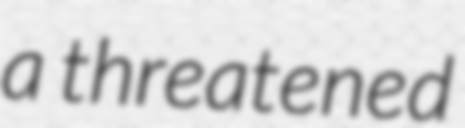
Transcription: a threatened